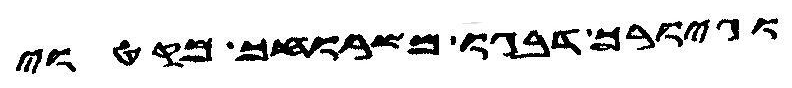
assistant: וגיורך דבגו משרוחך מקטוי